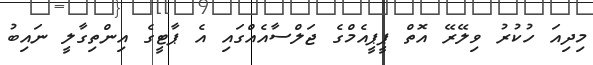
މިދިއަ ހުކުރު ވިލޭރޭ އޮތް ޕީޕީއެމްގެ ޖަލްސާއެއްގައި އެ ޕާޓީގެ އިންތިގާލީ ނައިބު